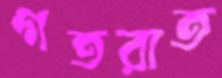
গতরাত